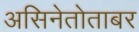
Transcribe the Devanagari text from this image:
असिनेतोताबर